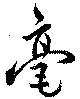
毫